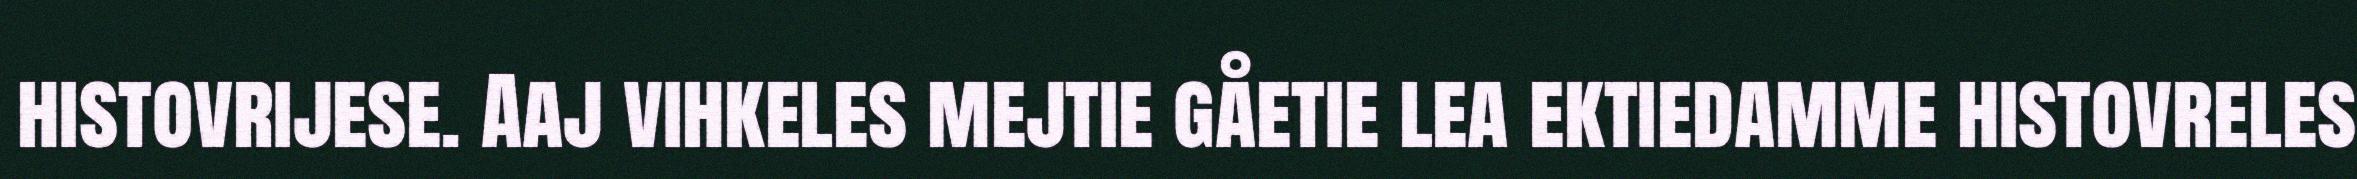
histovrijese. Aaj vihkeles mejtie gåetie lea ektiedamme histovreles